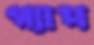
গ্যাপ